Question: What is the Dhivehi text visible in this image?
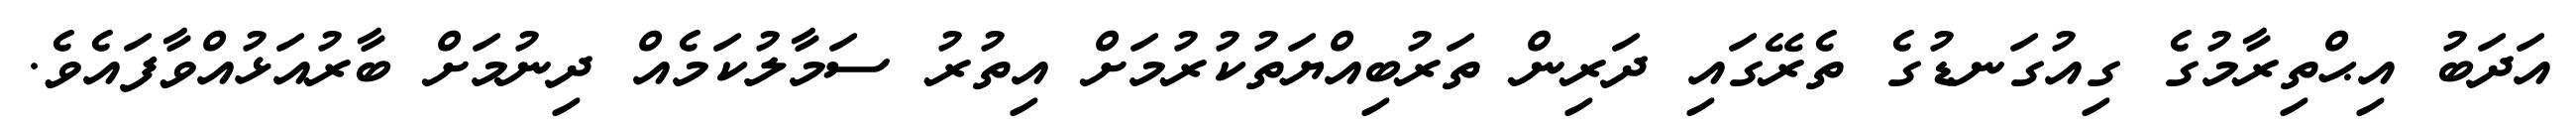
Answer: އަދަބު އިޙްތިރާމުގެ ގިއުގަނޑުގެ ތެރޭގައި ދަރިން ތަރުބިއްޔަތުކުރުމަށް އިތުރު ސަމާލުކަމެއް ދިނުމަށް ބާރުއަޅުއްވާފައެވެ.